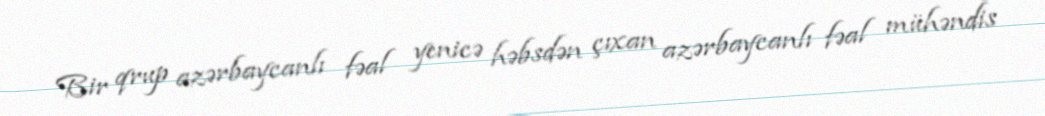
Bir qrup azərbaycanlı fəal yenicə həbsdən çıxan azərbaycanlı fəal mühəndis